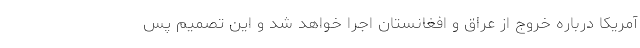
آمریکا درباره خروج از عراق و افغانستان اجرا خواهد شد و این تصمیم پس